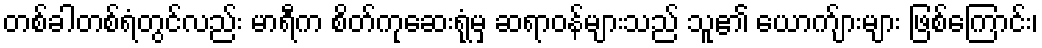
တစ်ခါတစ်ရံတွင်လည်း မာရီက စိတ်ကုဆေးရုံမှ ဆရာဝန်များသည် သူ၏ ယောက်ျားများ ဖြစ်ကြောင်း၊